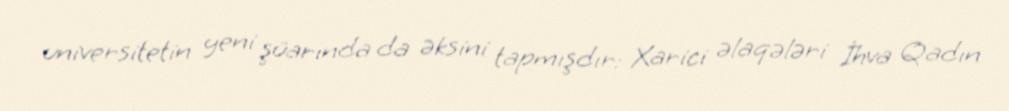
universitetin yeni şüarında da əksini tapmışdır: Xarici əlaqələri İhva Qadın